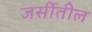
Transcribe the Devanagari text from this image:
जर्सीतील